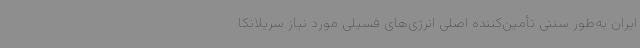
ایران به‌طور سنتی تأمین‌کننده اصلی انرژی‌های فسیلی مورد نیاز سریلانکا